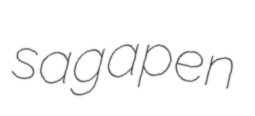
sagapen